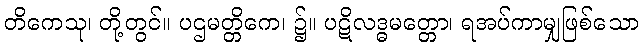
တိကေသု၊ တို့တွင်။ ပဌမတ္တိကေ၊ ၌။ ပဋိလဒ္ဓမတ္တော၊ ရအပ်ကာမျှဖြစ်သော